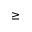
\geq